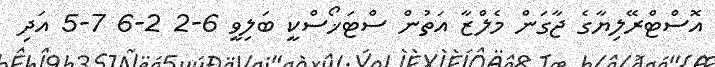
އޮސްޓްރޭލިޔާގެ ޖާގަން މެލްޒާ އަތުން ސްޓަޚޯސްކީ ބަލިވީ 6-2 2-6 7-5 އަދި